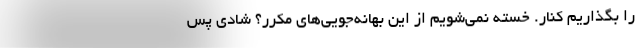
را بگذاریم کنار. خسته نمی‌شویم از این بهانه‌جویی‌های مکرر؟ شادی پس